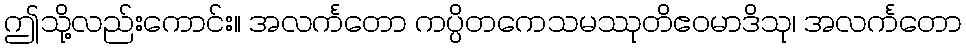
ဤသို့လည်းကောင်း။ အလင်္ကတော ကပ္ပိတကေသမဿုတိဧဝမာဒိသု၊ အလင်္ကတော